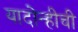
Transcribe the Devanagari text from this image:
यादोन्हीची